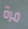
مرة